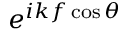
e ^ { i k f \cos \theta }